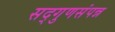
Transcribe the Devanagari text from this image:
सद्‌गुणसंपन्न